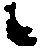
候